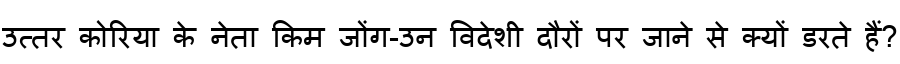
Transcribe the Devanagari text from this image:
उत्तर कोरिया के नेता किम जोंग-उन विदेशी दौरों पर जाने से क्यों डरते हैं?